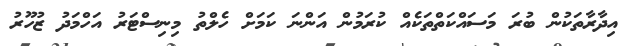
އިދާރާތަކުން ބުރަ މަސައްކަތްތަކެއް ކުރަމުން އަންނަ ކަމަށް ހެލްތު މިނިސްޓަރު އަހްމަދު ޒުހޫރު